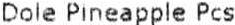
DOLE PINEAPPLE PCS